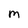
Character: M